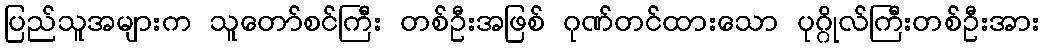
ပြည်သူအများက သူတော်စင်ကြီး တစ်ဦးအဖြစ် ဂုဏ်တင်ထားသော ပုဂ္ဂိုလ်ကြီးတစ်ဦးအား